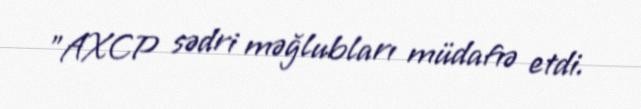
"AXCP sədri məğlubları müdafıə etdi.